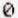
0